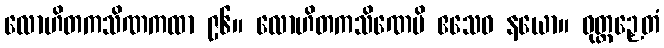
လောဟိတကသိဏကထာ ၉၆။ လောဟိတကသိဏေပိ ဧသေဝ နယော။ ဝုတ္တဉှေတံ